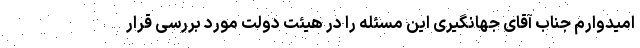
امیدوارم جناب آقای جهانگیری این مسئله را در هیئت دولت مورد بررسی قرار